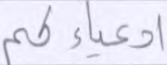
أدعياءكم